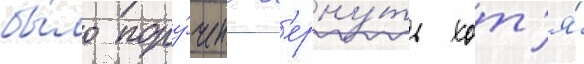
бы́ло пору́чено в'ерну́ть хот'я́